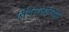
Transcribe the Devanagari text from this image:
सिंदराजांच्या